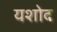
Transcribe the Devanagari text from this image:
यशोद